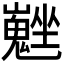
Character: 𡓮